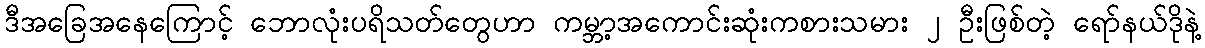
ဒီအခြေအနေကြောင့် ဘောလုံးပရိသတ်တွေဟာ ကမ္ဘာ့အကောင်းဆုံးကစားသမား ၂ ဦးဖြစ်တဲ့ ရော်နယ်ဒိုနဲ့